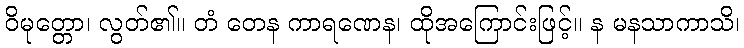
ဝိမုတ္တော၊ လွတ်၏။ တံ တေန ကာရဏေန၊ ထိုအကြောင်းဖြင့်။ န မနသာကာသိ၊